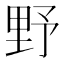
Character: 野